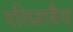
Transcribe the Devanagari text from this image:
एलिजाबैथ